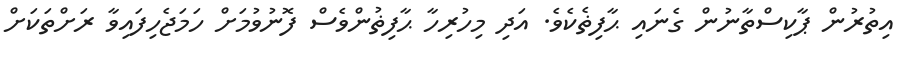
އިތުރުން ޕާކިސްތާނުން ގެނައި ޙާފިޡެކެވެ. އަދި މިހުރިހާ ޙާފިޡުންވެސް ފޮނުވުމަށް ހަމަޖެހިފައިވާ ރަށްތަކަށް